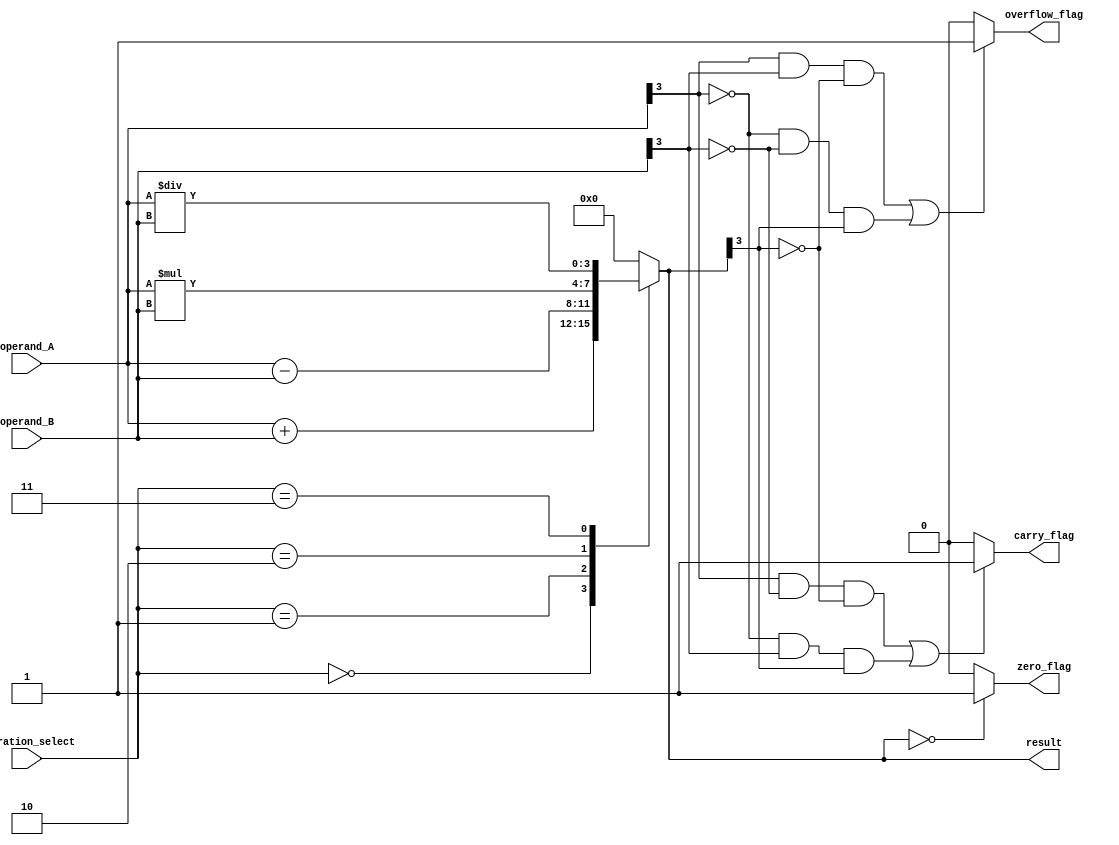
module ALU (
    input [3:0] operand_A,
    input [3:0] operand_B,
    input [2:0] operation_select,
    output reg [3:0] result,
    output reg zero_flag,
    output reg overflow_flag,
    output reg carry_flag
);

// Arithmetic blocks for addition, subtraction, multiplication, and division
always @(*)
begin
    case(operation_select)
        3'b000: // Addition
            result = operand_A + operand_B;
        3'b001: // Subtraction
            result = operand_A - operand_B;
        3'b010: // Multiplication
            result = operand_A * operand_B;
        3'b011: // Division
            result = operand_A / operand_B;
        // Add more operations as needed
        default:
            result = 4'd0;
    endcase
end

// Status flags
// Check if result is zero
always @(*)
begin
    if(result == 4'd0)
        zero_flag = 1;
    else
        zero_flag = 0;
end

// Check for overflow in addition
always @(*)
begin
    if((operand_A[3] & operand_B[3] & ~result[3]) | (~operand_A[3] & ~operand_B[3] & result[3]))
        overflow_flag = 1;
    else
        overflow_flag = 0;
end

// Check for carry in subtraction
always @(*)
begin
    if((operand_A[3] & ~operand_B[3] & ~result[3]) | (~operand_A[3] & operand_B[3] & result[3]))
        carry_flag = 1;
    else
        carry_flag = 0;
end

endmodule